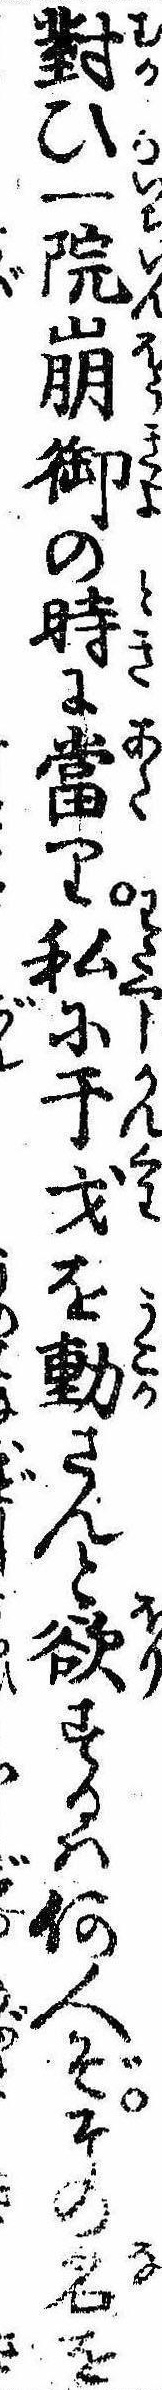
対ひ一院崩御の時に当り私に干戈を動さんと欲するは何人ぞその名を